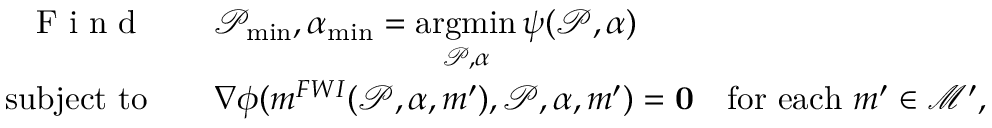
\begin{array} { r l } { \textrm { F i n d } \quad } & { \mathcal { P } _ { \operatorname* { m i n } } , \alpha _ { \operatorname* { m i n } } = \underset { \mathcal { P } , \alpha } { \mathrm { a r g m i n } } \, \psi ( \mathcal { P } , \alpha ) } \\ { \mathrm { s u b j e c t ~ t o } \quad } & { \nabla \phi ( \boldsymbol { m } ^ { F W I } ( \mathcal { P } , \alpha , \boldsymbol { m } ^ { \prime } ) , \mathcal { P } , \alpha , \boldsymbol { m } ^ { \prime } ) = \mathbf { 0 } \quad \mathrm { f o r ~ e a c h ~ } \boldsymbol { m } ^ { \prime } \in \mathcal { M ^ { \prime } } , } \end{array}